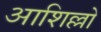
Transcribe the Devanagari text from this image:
आशिल्लो